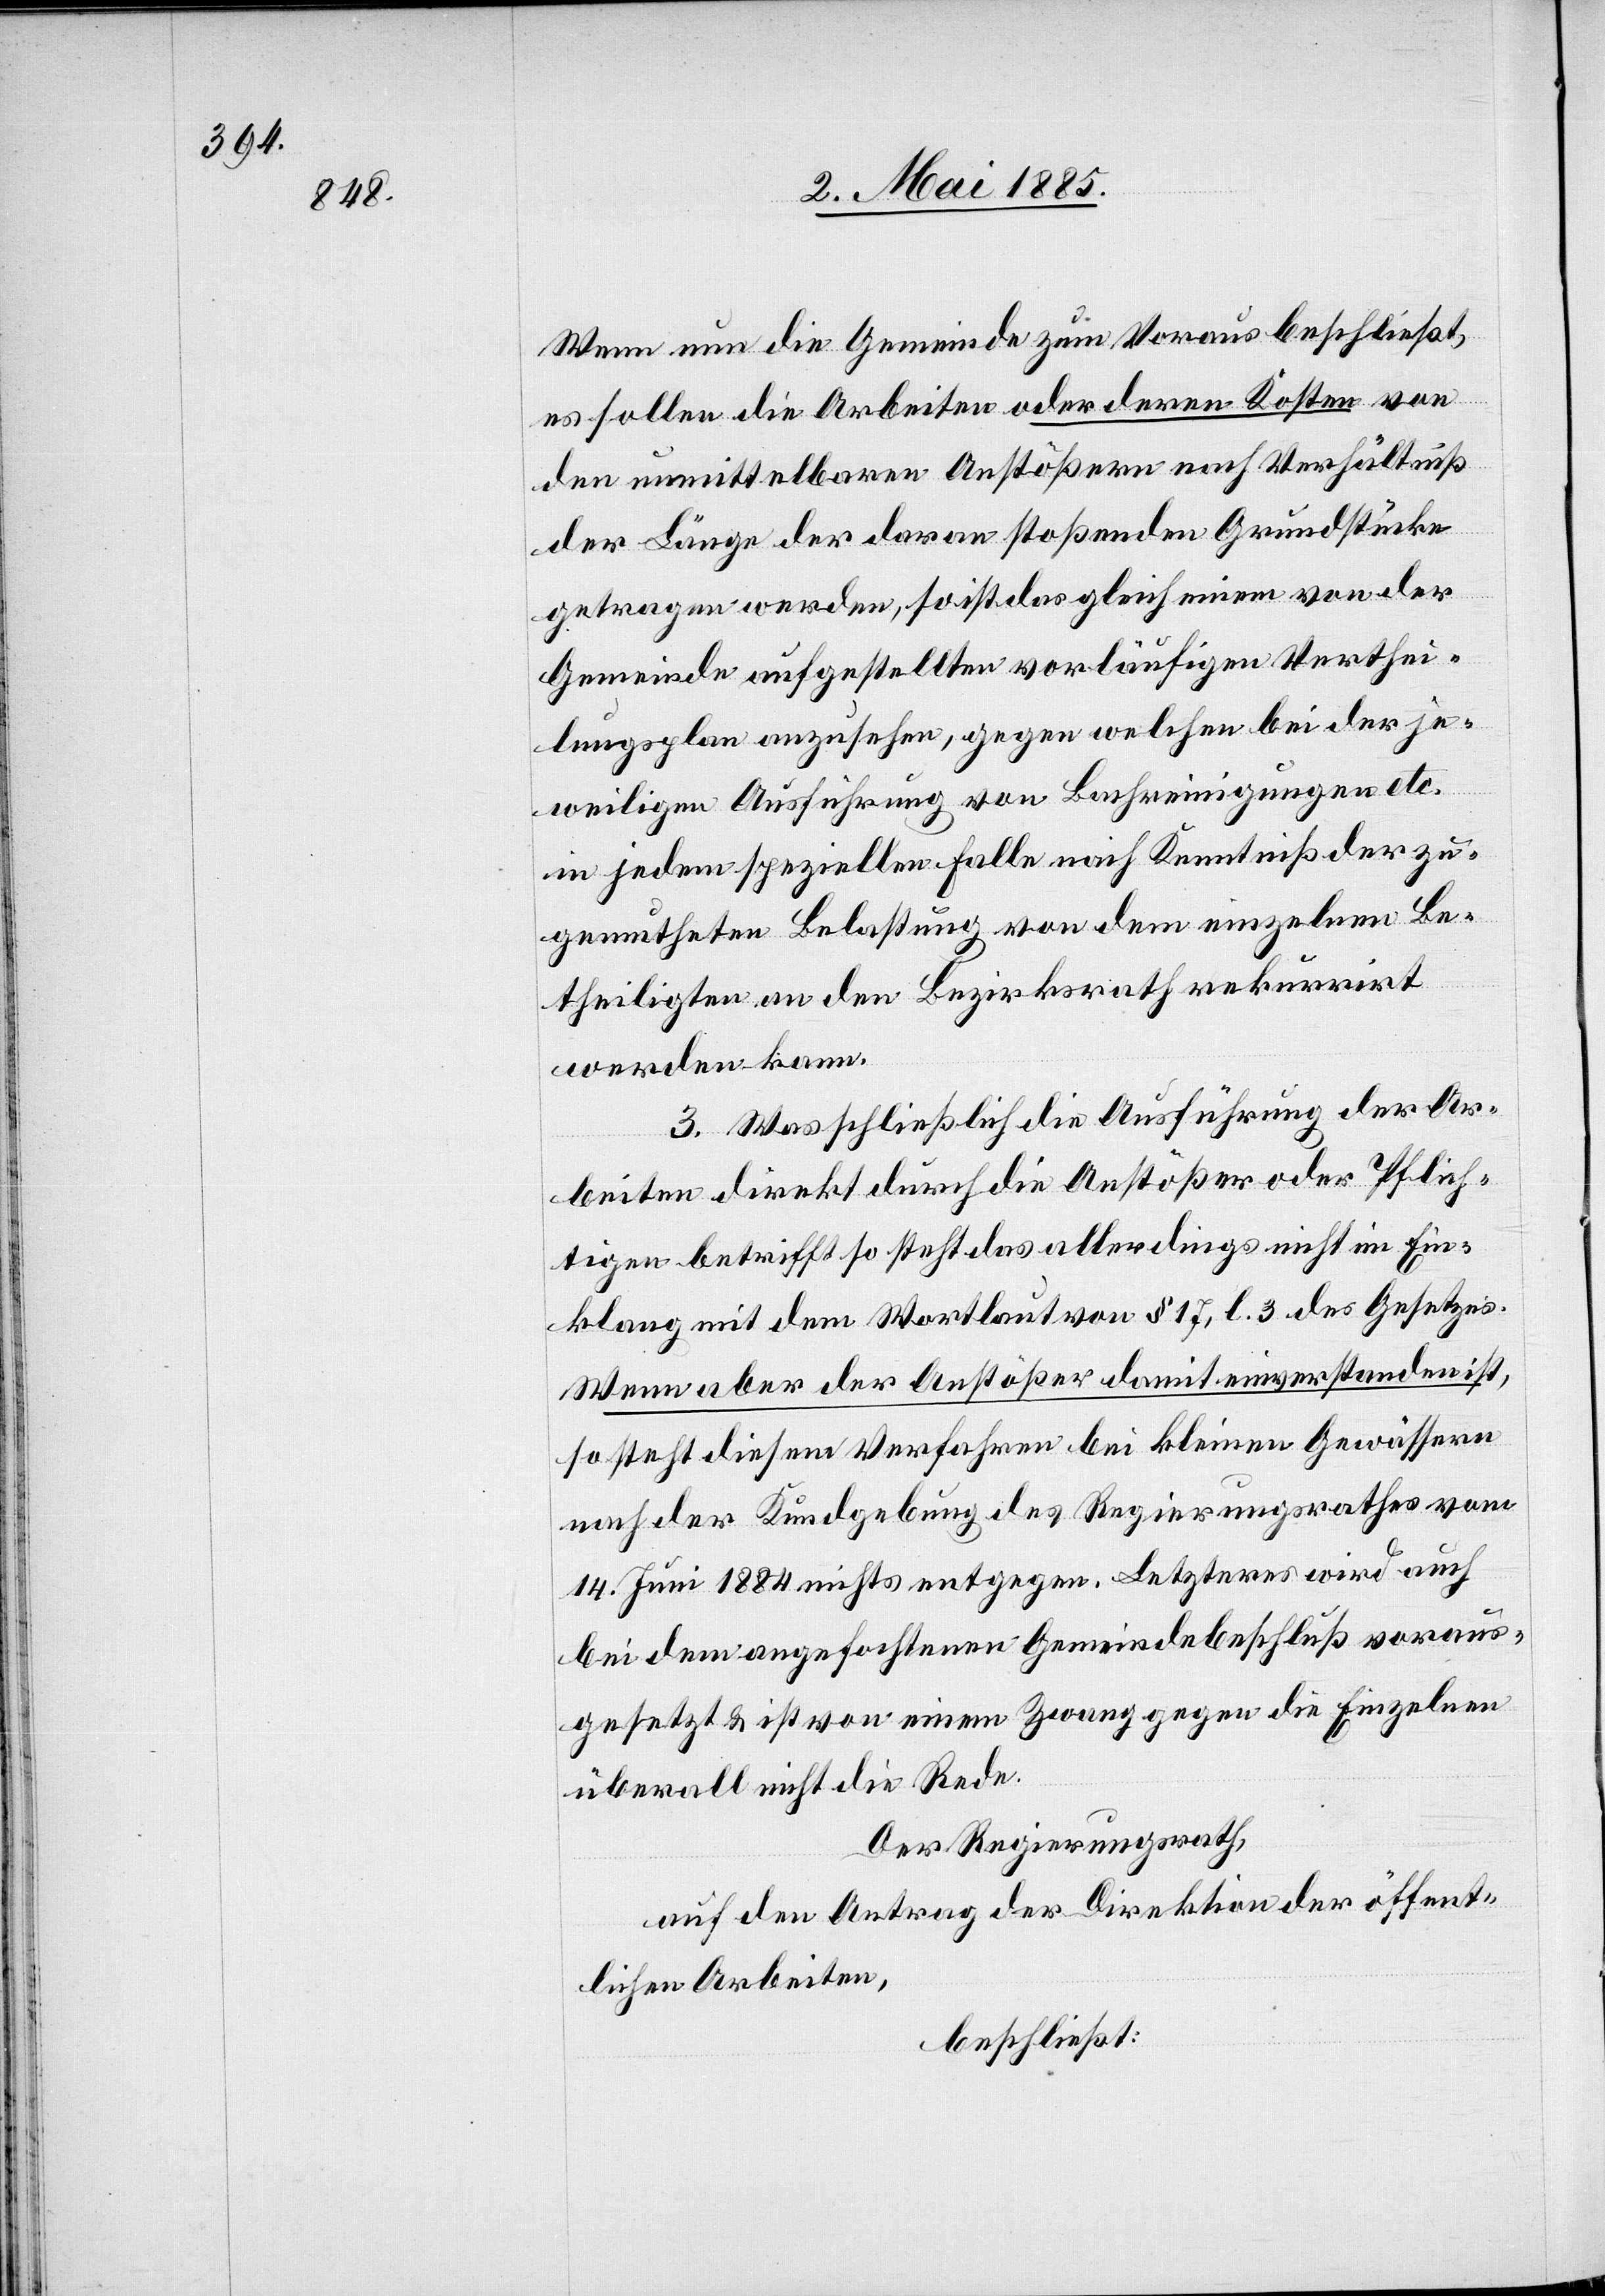
Wenn nun die Gemeinde zum Voraus beschließt,
es fallen die Arbeiten oder deren Kosten von
den unmittelbaren Anstößern nach Verhältniß
der Länge der daran stoßenden Grundstücke
getragen werden, so ist das gleich einem von der
Gemeinde aufgestellten vorläufigen Verthei¬
lungsplan anzusehen, gegen welchen bei der je¬
weiligen Ausführung von Bachreinigungen etc.
in jedem speziellen Falle nach Kenntniß der zu¬
gemutheten Belastung von dem einzelnen Be¬
theiligten an den Bezirksrath rekurrirt
werden kann.
3. Was schließlich die Ausführung der Ar¬
beiten direkt durch die Anstößer oder Pflich¬
tigen betrifft so steht das allerdings nicht im Ein¬
klang mit dem Wortlaut von § 17, l. 3 des Gesetzes.
Wenn aber der Anstößer damit einverstanden ist,
so steht diesem Verfahren bei kleinen Gewässern
nach der Kundgebung des Regierungsrathes vom
14. Juni 1884 nichts entgegen. Letzteres wird auch
bei dem angefochtenen Gemeindebeschluß voraus¬
gesetzt & ist von einem Zwang gegen die Einzelnen
überall nicht die Rede.
Der Regierungsrath,
auf den Antrag der Direktion der öffent¬
lichen Arbeiten,
beschließt: